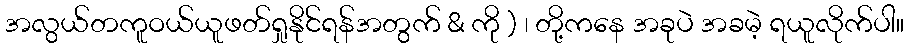
အလွယ်တကူဝယ်ယူဖတ်ရှုနိုင်ရန်အတွက် & ကို ) ၊ တို့ကနေ အခုပဲ အခမဲ့ ရယူလိုက်ပါ။